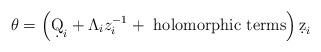
LaTeX: \begin{align*} \theta = \left( \d Q_i + \Lambda_i z_i^{-1} + \mbox{ holomorphic terms} \right) \d z_i\end{align*}